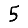
Digit: 5